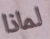
لماذا